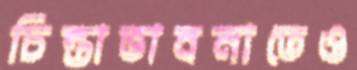
চিন্তাভাবনাতেও